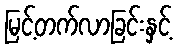
မြင့်တက်လာခြင်းနှင့်